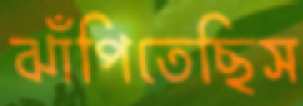
ঝাঁপিতেছিস